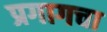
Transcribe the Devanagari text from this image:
प्रगागचा